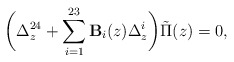
\begin{align*}\biggl(\Delta_z^{24}+\sum_{i=1}^{23}{\bf B}_i(z)\Delta_z^i\biggr)\tilde{\Pi}(z)=0,\end{align*}